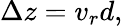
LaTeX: \Delta z=v_{r}d,